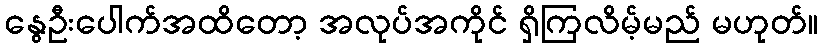
နွေဦးပေါက်အထိတော့ အလုပ်အကိုင် ရှိကြလိမ့်မည် မဟုတ်။